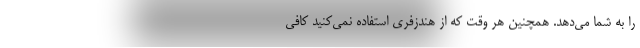
را به شما می‌دهد. همچنین هر وقت که از هندزفری استفاده نمی‌کنید کافی